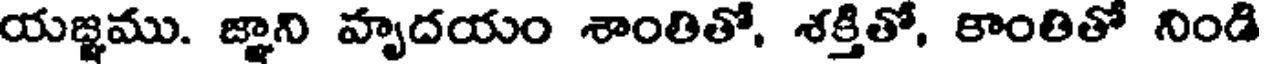
యజ్ఞము. జ్ఞాని హృదయం శాంతితో, శక్తితో, కాంతితో నిండి